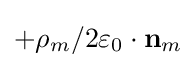
+\rho _{m}/2\varepsilon _{0}\cdot \mathbf {n} _{m}